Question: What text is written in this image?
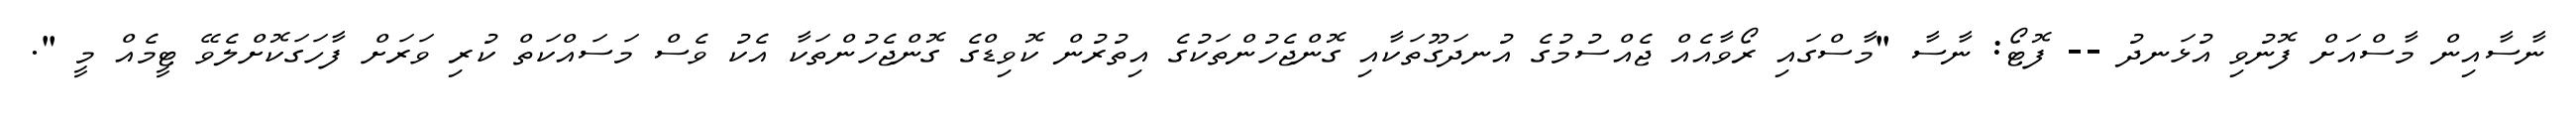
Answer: ނާސާއިން މާސްއަށް ފޮނުވި އުޅަނދު -- ފޮޓޯ: ނާސާ "މާސްގައި ރޯވާއެއް ޖެއްސުމުގެ އުނދަގޫތަކާއި ގޮންޖެހުންތަކުގެ އިތުރުން ކޮވިޑްގެ ގޮންޖެހުންތަކާ އެކު ވެސް މަސައްކަތް ކުރި ވަރަށް ފާހަގަކޮށްލެވޭ ޓީމެއް މީ ".